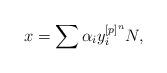
LaTeX: \begin{align*}x=\sum \alpha_i y_i^{[p]^n} N,\end{align*}